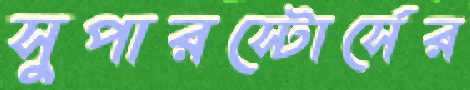
সুপারস্টোর্সের